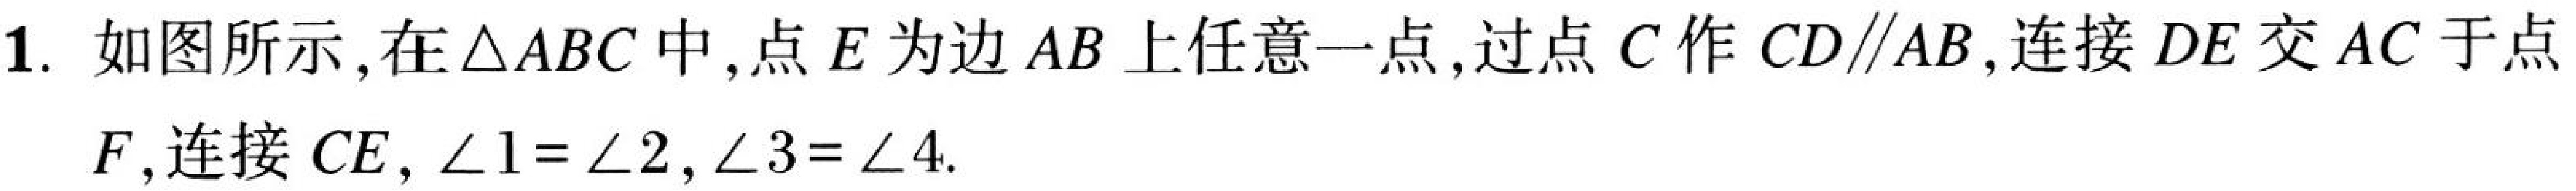
1. 如图所示,在\(\triangle ABC\)中,点\(E\)为边\(AB\)上任意一点,过点\(C\)作\(CD\parallel AB\),连接\(DE\)交\(AC\)于点\(F\),连接\(CE\), \(\angle1 = \angle2\), \(\angle3=\angle4\).